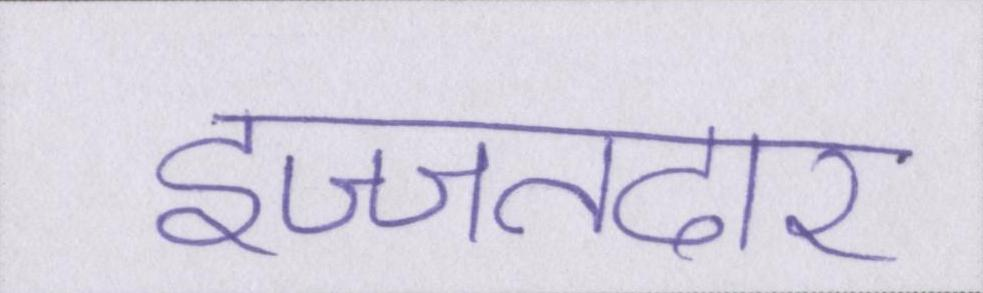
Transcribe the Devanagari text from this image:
इज्जतदार